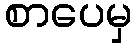
စာပေမှ